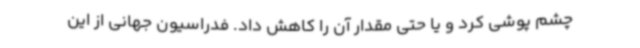
چشم پوشی کرد و یا حتی مقدار آن را کاهش داد. فدراسیون جهانی از این